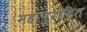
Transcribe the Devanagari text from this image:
महापुरोहित